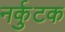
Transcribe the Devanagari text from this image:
नर्कुटक